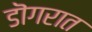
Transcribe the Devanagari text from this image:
डॊगरात